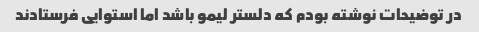
در توضیحات نوشته بودم که دلستر لیمو باشد اما استوایی فرستادند